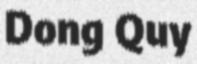
Dong Quy